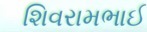
શિવરામભાઈ